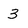
Character: 3